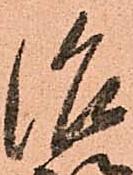
治